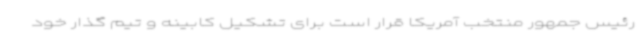
رئیس جمهور منتخب آمریکا قرار است برای تشکیل کابینه و تیم گذار خود